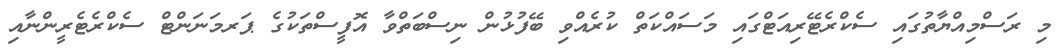
މި ރަސްމިއްޔާތުގައި ސެކްރެޓޭރިއަޓްގައި މަސައްކަތް ކުރެއްވި ބޭފުޅުން ނިސްބަތްވާ އޮފީސްތަކުގެ ޕަރމަނަންޓް ސެކްރެޓެރީންނާއި